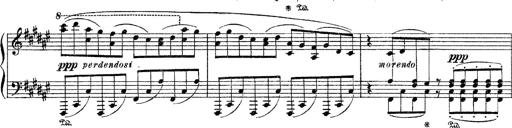
Title: Apparitions
Composer: Franz Liszt